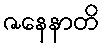
ဇနေနာတိ